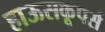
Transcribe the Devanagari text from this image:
हाऊसकूपर्स